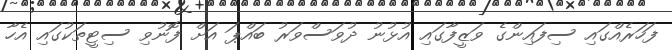
ފަހަރެއްގައި ސިފައިންގެ ވަޒީފާގައި އުޅުނު ދުވަސްވަރު ބައްޕަ އަށް ފޮނުވި ސިޓީތަކުގައި އެހާ